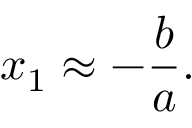
x _ { 1 } \approx - { \frac { b } { a } } .